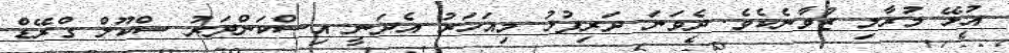
އުޅޭ މުރާލި ޒުވާނެކެވެ. ދެވަނަ ދަރިފުޅު މިއަހަރު އެދަނީ އިސްކަންދަރު ސްކޫލް ގްރޭޑް